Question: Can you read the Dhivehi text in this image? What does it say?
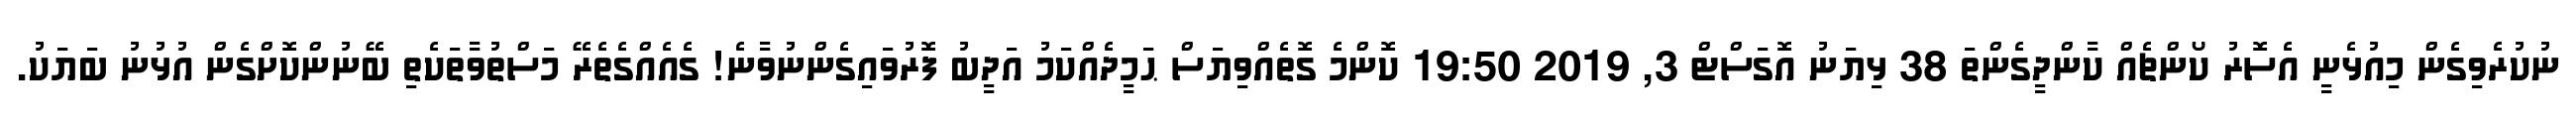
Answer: ނުކުރެވިގެން މިއުޅެނީ އެސޮރު ކޯންޗެއް ކާންދީގެންތަ 38 ޅިޔަނު އޮގަސްޓް 3, 2019 19:50 ކޮންމެ ގޮތެއްވިޔަސް ޙަމީދެއްކަމު އަދީބު ފޮރުވައިގެންނުވާނެ! ގެއެއްގެތެރޭ މަސްތުވާތަކެތި ބޭނުންކޮށްގެން އުޅުނު ބަޔަކު.